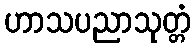
ဟာသပညာသုတ္တံ